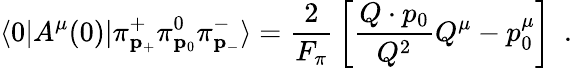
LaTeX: \langle 0|A^{\mu}(0)|\pi_{{\mathbf p}_{+}}^{+}\pi_{{\mathbf p}_{0}}^{0}\pi_{{\mathbf p}_{-}}^{-}\rangle={\frac{2}{F_{\pi}}}\left[{\frac{Q\cdot p_{0}}{Q^{2}}}Q^{\mu}-p_{0}^{\mu}\right]\ \ .